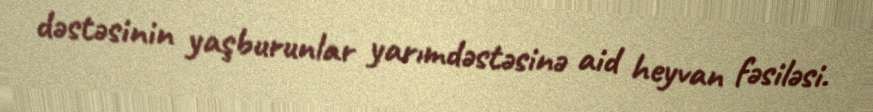
dəstəsinin yaşburunlar yarımdəstəsinə aid heyvan fəsiləsi.